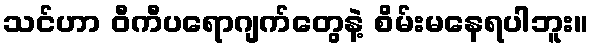
သင်ဟာ ဝီကီပရောဂျက်တွေနဲ့ စိမ်းမနေရပါဘူး။